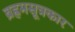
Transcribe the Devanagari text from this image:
ब्रह्रमसूत्रकार